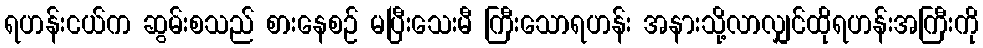
ရဟန်းငယ်က ဆွမ်းစသည် စားနေစဉ် မပြီးသေးမီ ကြီးသောရဟန်း အနားသို့လာလျှင်ထိုရဟန်းအကြီးကို